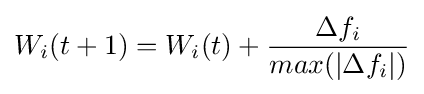
W_{i}(t+1)=W_{i}(t)+{\frac {\Delta f_{i}}{max(|\Delta f_{i}|)}}